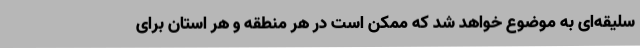
سلیقه‌ای به موضوع خواهد شد که ممکن است در هر منطقه و هر استان برای